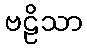
ဗဠိသာ